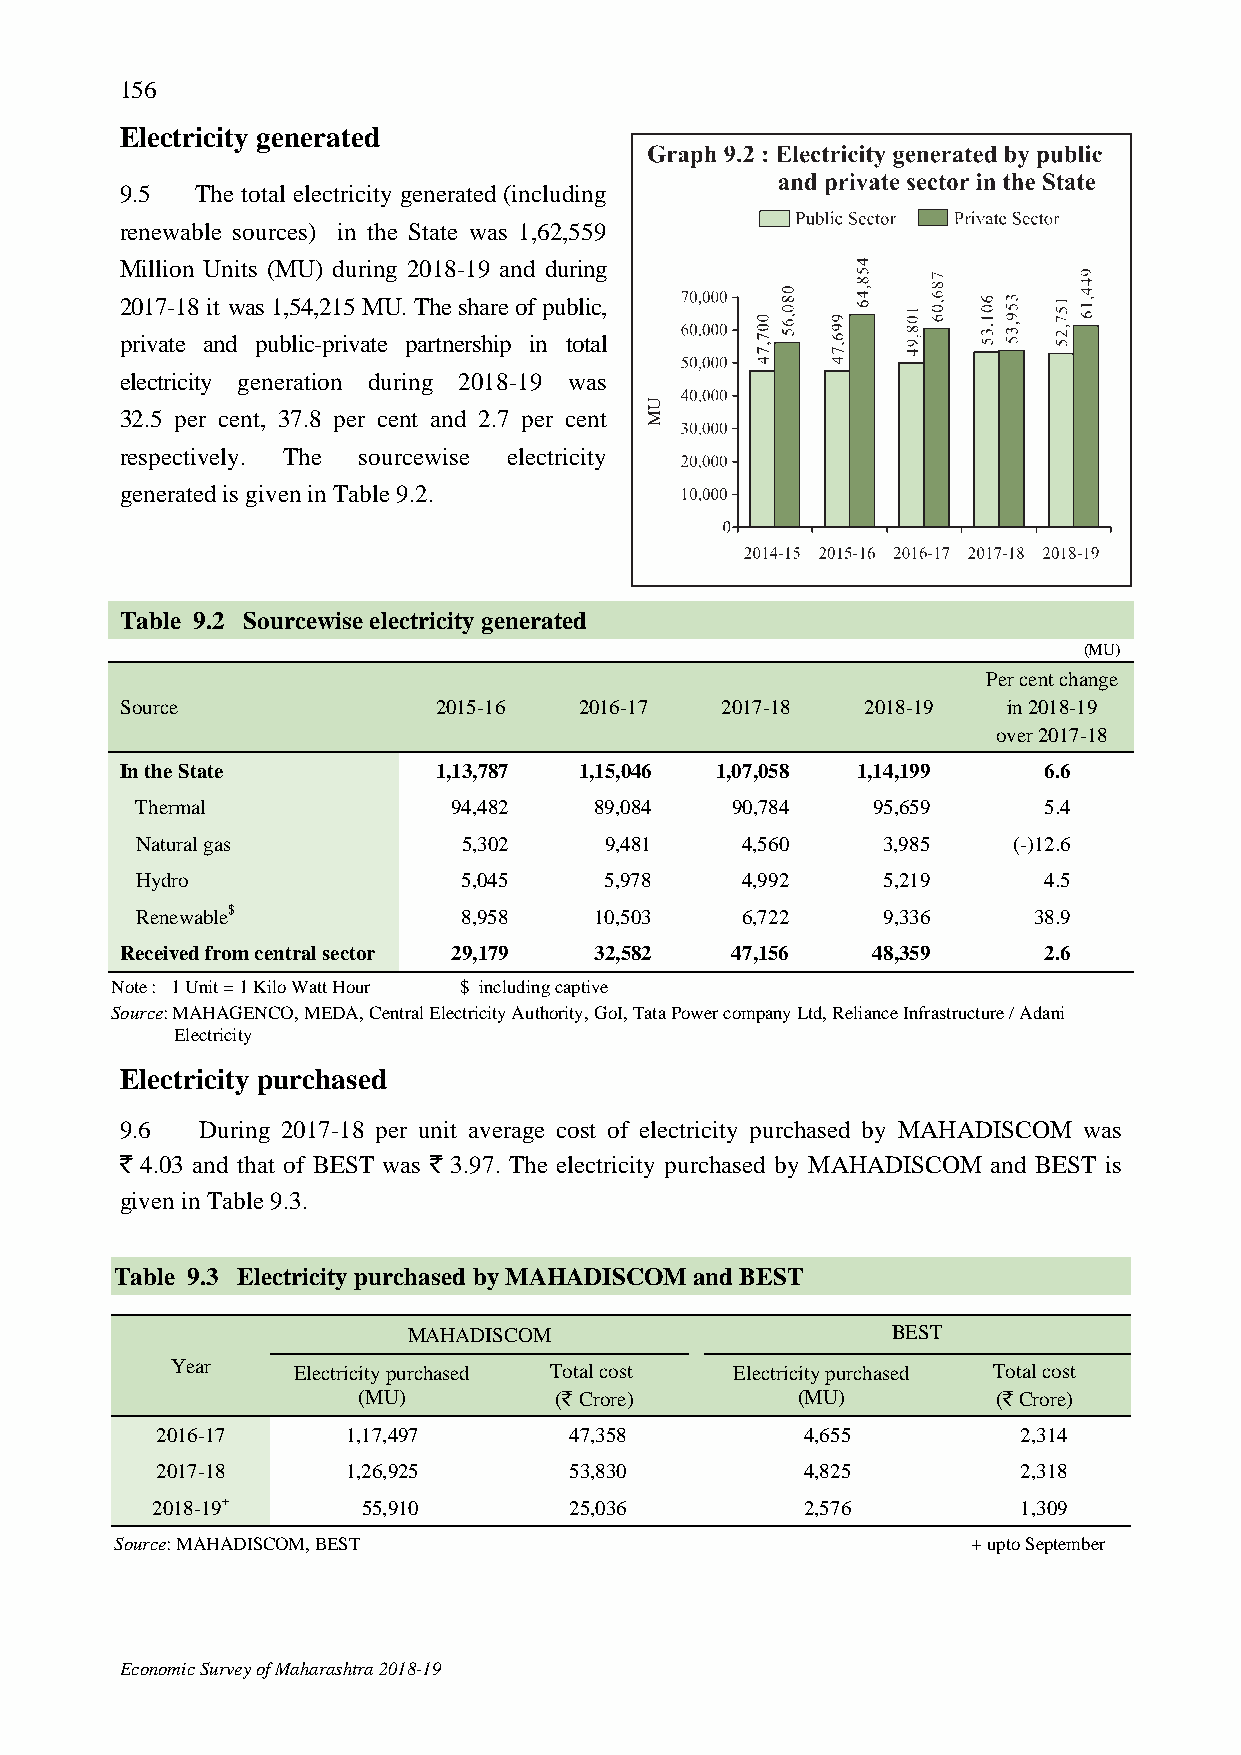
156
 Electricity generated
 9.5  The total electricity generated (including
 renewable sources) in the State was 1,62,559
 Million Units (MU) during 2018-19 and during
 2017-18 it was 1,54,215 MU. The share of public,
 private and public-private partnership in total
 electricity generation during 2018-19 was
 32.5 per cent, 37.8 per cent and 2.7 per cent
 respectively. The sourcewise electricity
 generated is given in Table 9.2.
 Table 9.2 Sourcewise electricity generated
 (MU)
 Per cent change
 Source               2015-16  2016-17   2017-18  2018-19   in 2018-19
 over 2017-18
 In the State         1,13,787 1,15,046 1,07,058  1,14,199    6.6
 Thermal              94,482   89,084   90,784    95,659     5.4
 Natural gas           5,302    9,481    4,560    3,985    (-)12.6
 Hydro                 5,045    5,978    4,992    5,219      4.5
 Renewable$            8,958   10,503    6,722    9,336     38.9
 Received from central sector 29,179 32,582 47,156 48,359     2.6
 Note : 1 Unit = 1 Kilo Watt Hour $ including captive
 Source: MAHAGENCO, MEDA, Central Electricity Authority, GoI, Tata Power company Ltd, Reliance Infrastructure / Adani
 Electricity
 Electricity purchased
 9.6  During 2017-18 per unit average cost of electricity purchased by MAHADISCOM was
 ` 4.03 and that of BEST was ` 3.97. The electricity purchased by MAHADISCOM and BEST is
 given in Table 9.3.
 Table 9.3 Electricity purchased by MAHADISCOM and BEST
 MAHADISCOM                      BEST
 Year    Electricity purchased Total cost Electricity purchased Total cost
 (MU)         (` Crore)       (MU)         (` Crore)
 2016-17      1,17,497       47,358         4,655          2,314
 2017-18      1,26,925       53,830         4,825          2,318
 2018-19+      55,910        25,036         2,576          1,309
 Source: MAHADISCOM, BEST                                + upto September
 Economic Survey of Maharashtra 2018-19